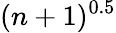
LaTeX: (n+1)^{0.5}